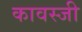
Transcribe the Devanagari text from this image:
कावस्जी